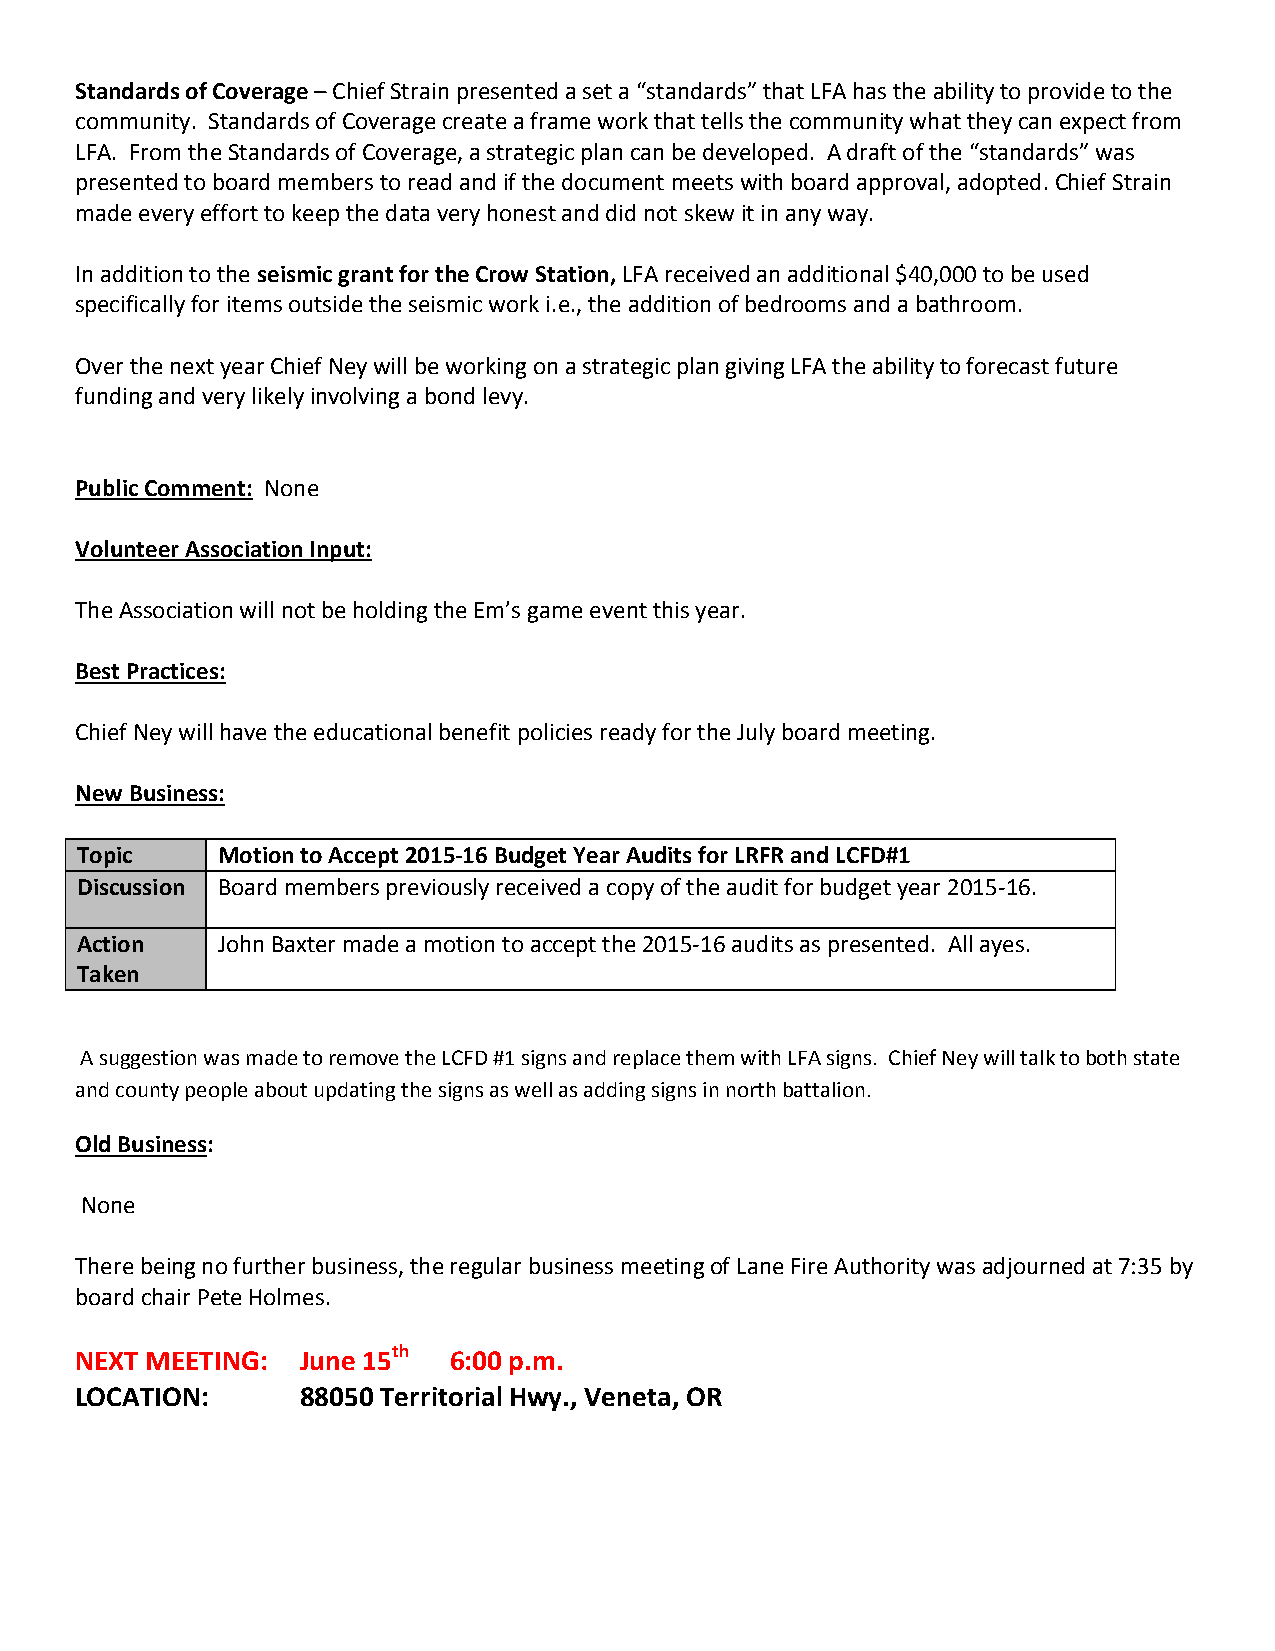
Standards of Coverage – Chief Strain presented a set a “standards” that LFA has the ability to provide to the
 community. Standards of Coverage create a frame work that tells the community what they can expect from
 LFA. From the Standards of Coverage, a strategic plan can be developed. A draft of the “standards” was
 presented to board members to read and if the document meets with board approval, adopted. Chief Strain
 made every effort to keep the data very honest and did not skew it in any way.
 In addition to the seismic grant for the Crow Station, LFA received an additional $40,000 to be used
 specifically for items outside the seismic work i.e., the addition of bedrooms and a bathroom.
 Over the next year Chief Ney will be working on a strategic plan giving LFA the ability to forecast future
 funding and very likely involving a bond levy.
 Public Comment: None
 Volunteer Association Input:
 The Association will not be holding the Em’s game event this year.
 Best Practices:
 Chief Ney will have the educational benefit policies ready for the July board meeting.
 New Business:
 Topic    Motion to Accept 2015-16 Budget Year Audits for LRFR and LCFD#1
 Discussion Board members previously received a copy of the audit for budget year 2015-16.
 Action   John Baxter made a motion to accept the 2015-16 audits as presented. All ayes.
 Taken
 A suggestion was made to remove the LCFD #1 signs and replace them with LFA signs. Chief Ney will talk to both state
 and county people about updating the signs as well as adding signs in north battalion.
 Old Business:
 None
 There being no further business, the regular business meeting of Lane Fire Authority was adjourned at 7:35 by
 board chair Pete Holmes.
 NEXT MEETING:  June 15th 6:00 p.m.
 LOCATION:      88050 Territorial Hwy., Veneta, OR